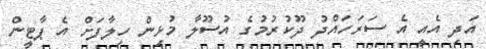
އަދި އެއީ އެ ސަރަހައްދު ދޫކުރުމުގެ އުސޫލާ މުޅިން ހިލާފަށް އެ ޕާޓީން